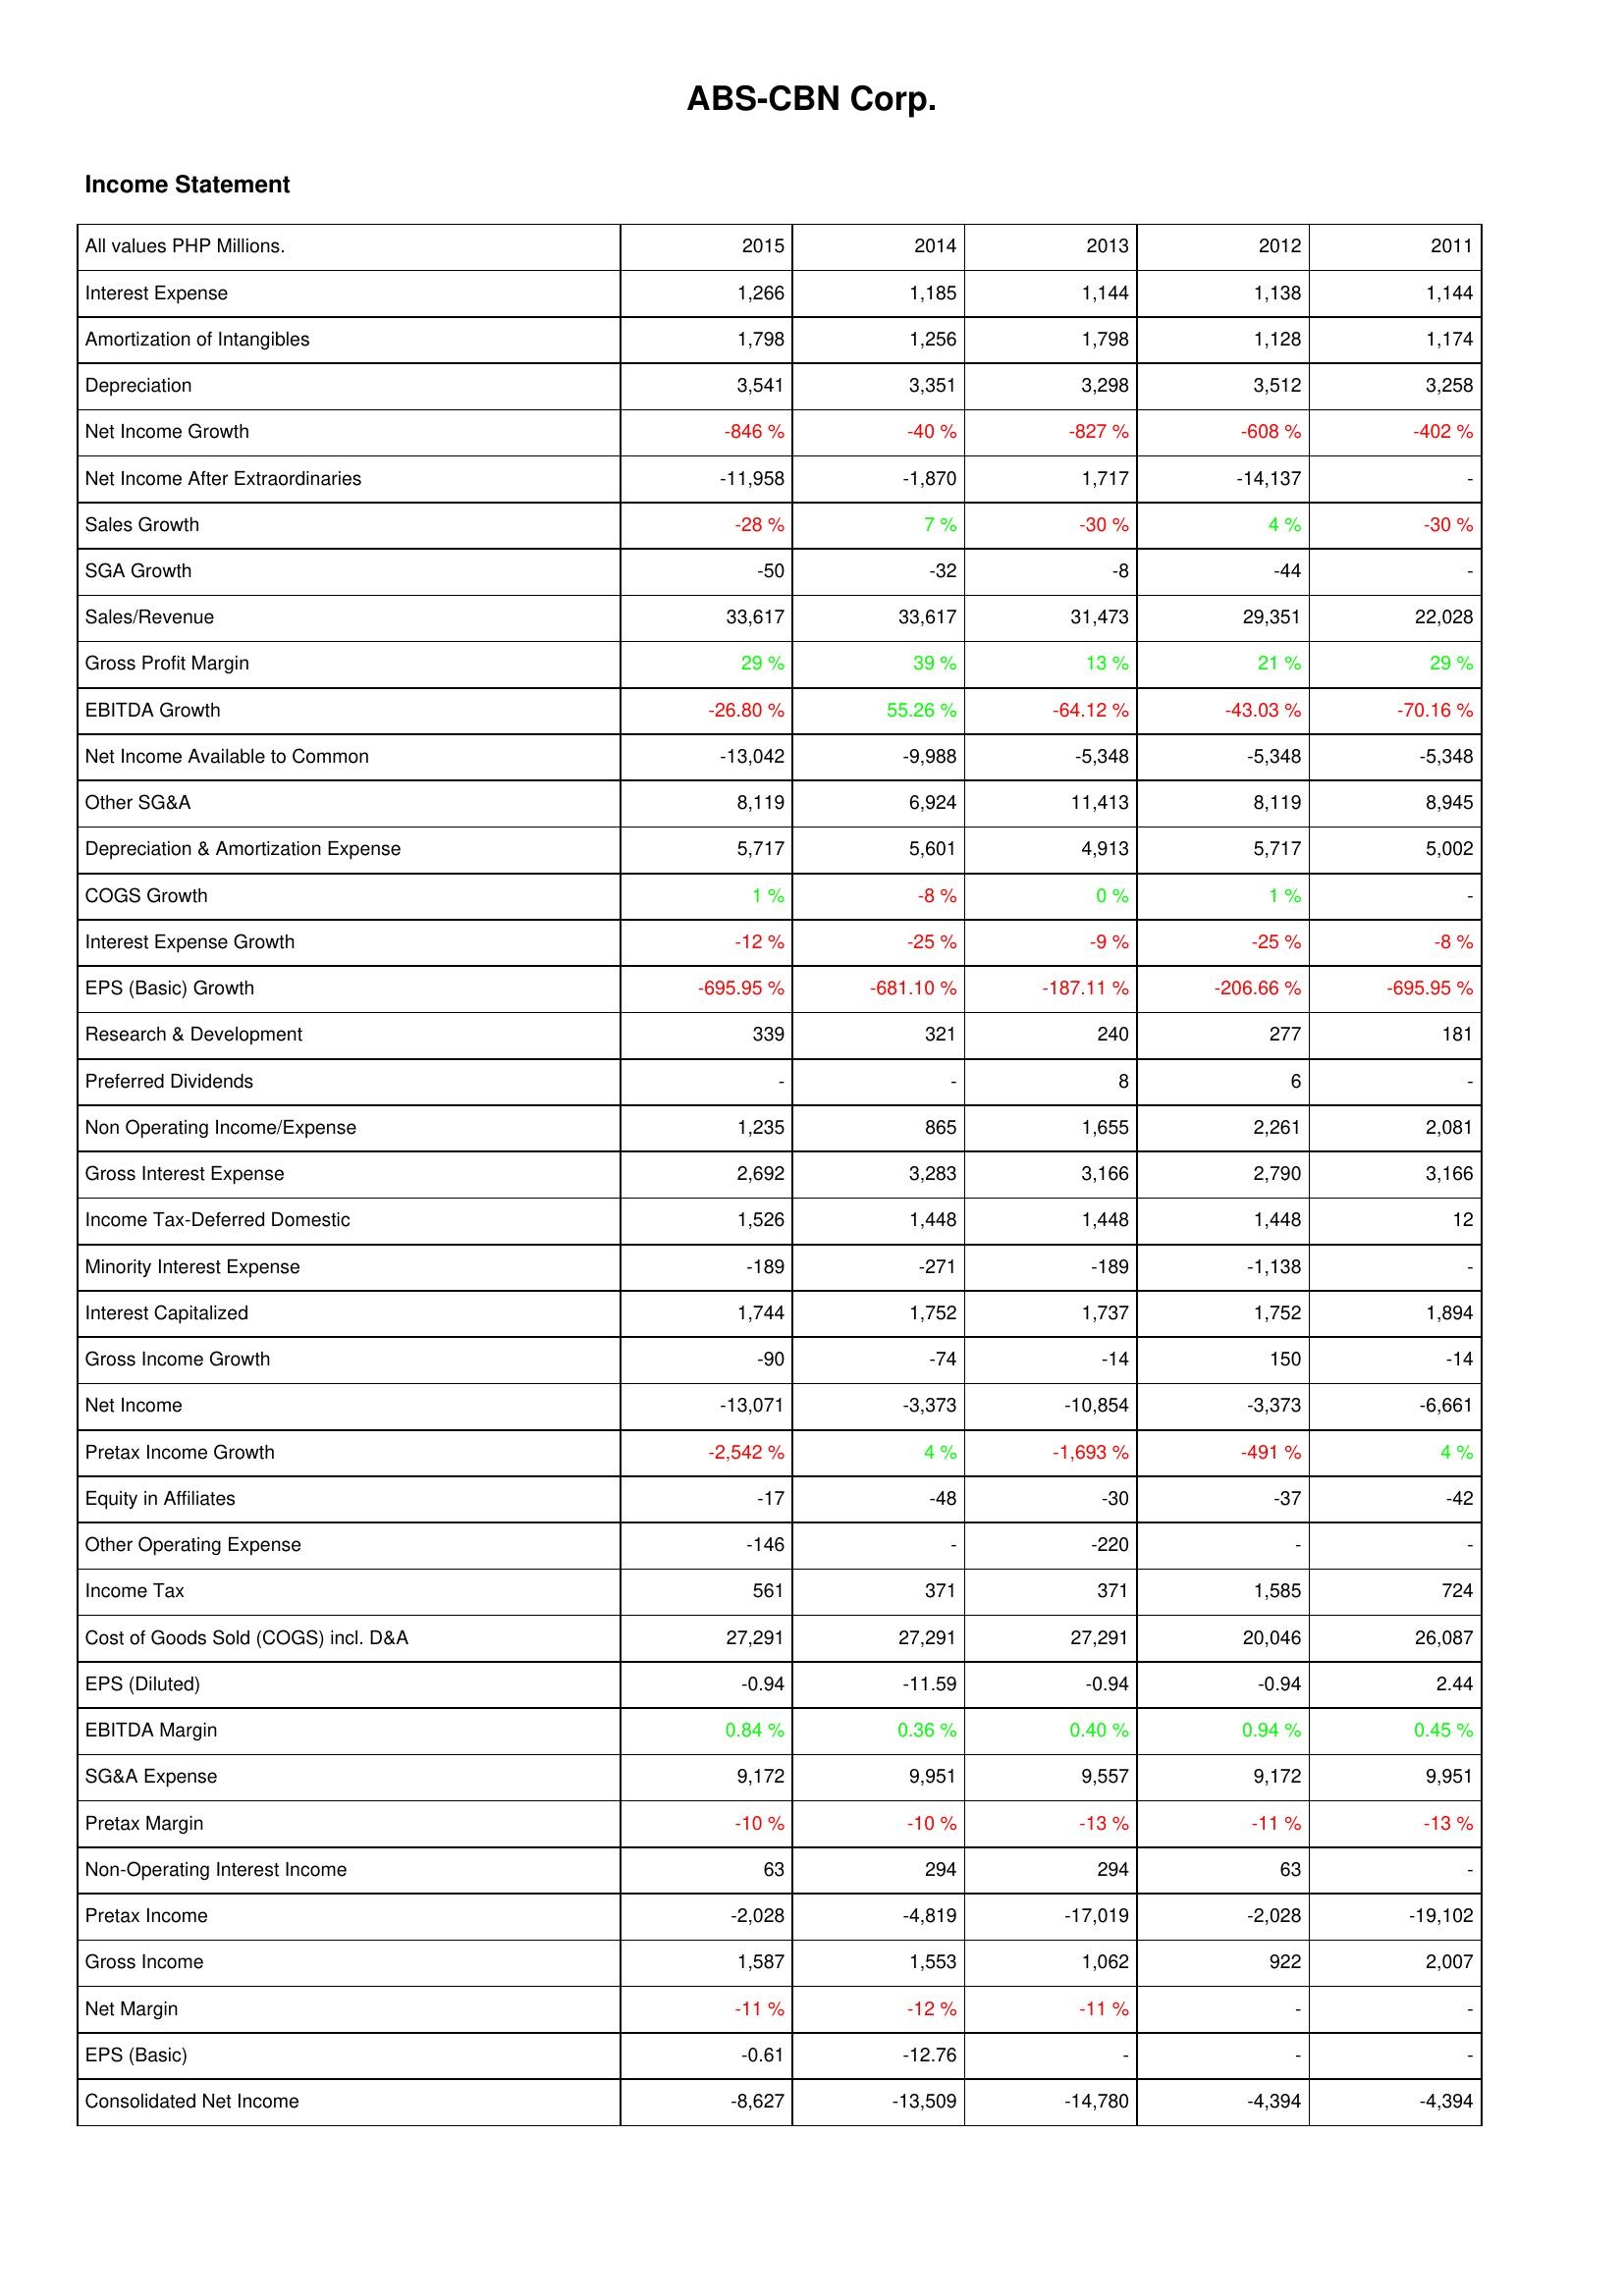
2015: Income Statement: Interest Expense: 1,266
Amortization of Intangibles: 1,798
Depreciation: 3,541
Net Income Growth: -846 %
Net Income After Extraordinaries: -11,958
Sales Growth: -28 %
SGA Growth: -50
Sales/Revenue: 33,617
Gross Profit Margin: 29 %
EBITDA Growth: -26.80 %
Net Income Available to Common: -13,042
Other SG&A: 8,119
Depreciation & Amortization Expense: 5,717
COGS Growth: 1 %
Interest Expense Growth: -12 %
EPS (Basic) Growth: -695.95 %
Research & Development: 339
Preferred Dividends: -
Non Operating Income/Expense: 1,235
Gross Interest Expense: 2,692
Income Tax-Deferred Domestic: 1,526
Minority Interest Expense: -189
Interest Capitalized: 1,744
Gross Income Growth: -90
Net Income: -13,071
Pretax Income Growth: -2,542 %
Equity in Affiliates: -17
Other Operating Expense: -146
Income Tax: 561
Cost of Goods Sold (COGS) incl. D&A: 27,291
EPS (Diluted): -0.94
EBITDA Margin: 0.84 %
SG&A Expense: 9,172
Pretax Margin: -10 %
Non-Operating Interest Income: 63
Pretax Income: -2,028
Gross Income: 1,587
Net Margin: -11 %
EPS (Basic): -0.61
Consolidated Net Income: -8,627
2014: Income Statement: Interest Expense: 1,185
Amortization of Intangibles: 1,256
Depreciation: 3,351
Net Income Growth: -40 %
Net Income After Extraordinaries: -1,870
Sales Growth: 7 %
SGA Growth: -32
Sales/Revenue: 33,617
Gross Profit Margin: 39 %
EBITDA Growth: 55.26 %
Net Income Available to Common: -9,988
Other SG&A: 6,924
Depreciation & Amortization Expense: 5,601
COGS Growth: -8 %
Interest Expense Growth: -25 %
EPS (Basic) Growth: -681.10 %
Research & Development: 321
Preferred Dividends: -
Non Operating Income/Expense: 865
Gross Interest Expense: 3,283
Income Tax-Deferred Domestic: 1,448
Minority Interest Expense: -271
Interest Capitalized: 1,752
Gross Income Growth: -74
Net Income: -3,373
Pretax Income Growth: 4 %
Equity in Affiliates: -48
Other Operating Expense: -
Income Tax: 371
Cost of Goods Sold (COGS) incl. D&A: 27,291
EPS (Diluted): -11.59
EBITDA Margin: 0.36 %
SG&A Expense: 9,951
Pretax Margin: -10 %
Non-Operating Interest Income: 294
Pretax Income: -4,819
Gross Income: 1,553
Net Margin: -12 %
EPS (Basic): -12.76
Consolidated Net Income: -13,509
2013: Income Statement: Interest Expense: 1,144
Amortization of Intangibles: 1,798
Depreciation: 3,298
Net Income Growth: -827 %
Net Income After Extraordinaries: 1,717
Sales Growth: -30 %
SGA Growth: -8
Sales/Revenue: 31,473
Gross Profit Margin: 13 %
EBITDA Growth: -64.12 %
Net Income Available to Common: -5,348
Other SG&A: 11,413
Depreciation & Amortization Expense: 4,913
COGS Growth: 0 %
Interest Expense Growth: -9 %
EPS (Basic) Growth: -187.11 %
Research & Development: 240
Preferred Dividends: 8
Non Operating Income/Expense: 1,655
Gross Interest Expense: 3,166
Income Tax-Deferred Domestic: 1,448
Minority Interest Expense: -189
Interest Capitalized: 1,737
Gross Income Growth: -14
Net Income: -10,854
Pretax Income Growth: -1,693 %
Equity in Affiliates: -30
Other Operating Expense: -220
Income Tax: 371
Cost of Goods Sold (COGS) incl. D&A: 27,291
EPS (Diluted): -0.94
EBITDA Margin: 0.40 %
SG&A Expense: 9,557
Pretax Margin: -13 %
Non-Operating Interest Income: 294
Pretax Income: -17,019
Gross Income: 1,062
Net Margin: -11 %
EPS (Basic): -
Consolidated Net Income: -14,780
2012: Income Statement: Interest Expense: 1,138
Amortization of Intangibles: 1,128
Depreciation: 3,512
Net Income Growth: -608 %
Net Income After Extraordinaries: -14,137
Sales Growth: 4 %
SGA Growth: -44
Sales/Revenue: 29,351
Gross Profit Margin: 21 %
EBITDA Growth: -43.03 %
Net Income Available to Common: -5,348
Other SG&A: 8,119
Depreciation & Amortization Expense: 5,717
COGS Growth: 1 %
Interest Expense Growth: -25 %
EPS (Basic) Growth: -206.66 %
Research & Development: 277
Preferred Dividends: 6
Non Operating Income/Expense: 2,261
Gross Interest Expense: 2,790
Income Tax-Deferred Domestic: 1,448
Minority Interest Expense: -1,138
Interest Capitalized: 1,752
Gross Income Growth: 150
Net Income: -3,373
Pretax Income Growth: -491 %
Equity in Affiliates: -37
Other Operating Expense: -
Income Tax: 1,585
Cost of Goods Sold (COGS) incl. D&A: 20,046
EPS (Diluted): -0.94
EBITDA Margin: 0.94 %
SG&A Expense: 9,172
Pretax Margin: -11 %
Non-Operating Interest Income: 63
Pretax Income: -2,028
Gross Income: 922
Net Margin: -
EPS (Basic): -
Consolidated Net Income: -4,394
2011: Income Statement: Interest Expense: 1,144
Amortization of Intangibles: 1,174
Depreciation: 3,258
Net Income Growth: -402 %
Net Income After Extraordinaries: -
Sales Growth: -30 %
SGA Growth: -
Sales/Revenue: 22,028
Gross Profit Margin: 29 %
EBITDA Growth: -70.16 %
Net Income Available to Common: -5,348
Other SG&A: 8,945
Depreciation & Amortization Expense: 5,002
COGS Growth: -
Interest Expense Growth: -8 %
EPS (Basic) Growth: -695.95 %
Research & Development: 181
Preferred Dividends: -
Non Operating Income/Expense: 2,081
Gross Interest Expense: 3,166
Income Tax-Deferred Domestic: 12
Minority Interest Expense: -
Interest Capitalized: 1,894
Gross Income Growth: -14
Net Income: -6,661
Pretax Income Growth: 4 %
Equity in Affiliates: -42
Other Operating Expense: -
Income Tax: 724
Cost of Goods Sold (COGS) incl. D&A: 26,087
EPS (Diluted): 2.44
EBITDA Margin: 0.45 %
SG&A Expense: 9,951
Pretax Margin: -13 %
Non-Operating Interest Income: -
Pretax Income: -19,102
Gross Income: 2,007
Net Margin: -
EPS (Basic): -
Consolidated Net Income: -4,394